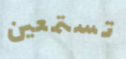
تستمعين